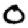
Digit: 0